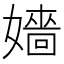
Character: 嬙